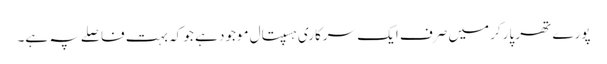
پورے تھر پارکر میں صرف ایک سرکاری ہسپتال موجود ہے جو کہ بہت فاصلے پہ ہے۔